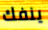
ينفك